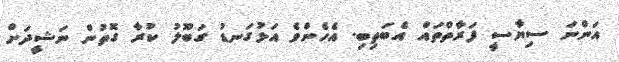
އަންނަ ސިޔާސީ ފަރާތްތައް އެބަތިބި. އެހެންވެ އަޅުގަނޑު ގަބޫލު ކުރާ ގޮތުން ނަޝީދަށް